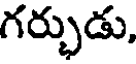
గర్భుడు,